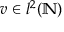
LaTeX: v \in l ^ { 2 } ( \mathbb { N } )